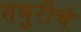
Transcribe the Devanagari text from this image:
सबुरीचे